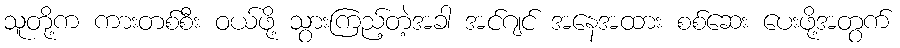
သူတို့က ကားတစ်စီး ဝယ်ဖို့ သွားကြည့်တဲ့အခါ အင်ဂျင် အနေအထား စစ်ဆေး ပေးဖို့အတွက်